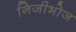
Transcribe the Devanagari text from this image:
निजीभोज